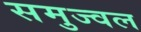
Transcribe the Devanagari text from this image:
समुज्वल